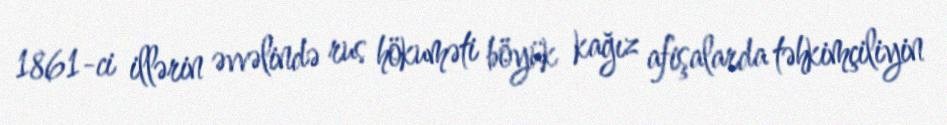
1861-ci illərin əvvəlində rus hökuməti böyük kağız afişalarda təhkimçiliyin